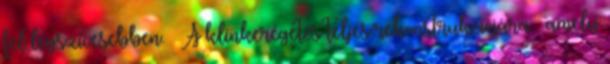
fel legszívesebben. — A klinkerégetés teljes rekonstrukciójára – amely